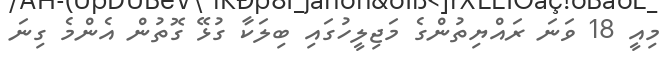
މިއީ 18 ވަނަ ރައްޔިތުންގެ މަޖިލީހުގައި ބިލަކާ ގުޅޭ ގޮތުން އެންމެ ގިނަ